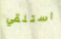
استلقي